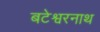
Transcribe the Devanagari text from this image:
बटेश्वरनाथ